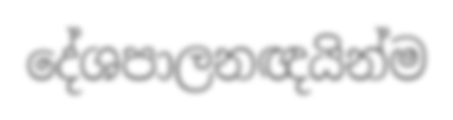
දේශපාලනඥයින්ම